Code of medical and sanitary regulations for the guidance of medical officers serving in the Madras Presidency - Volume I
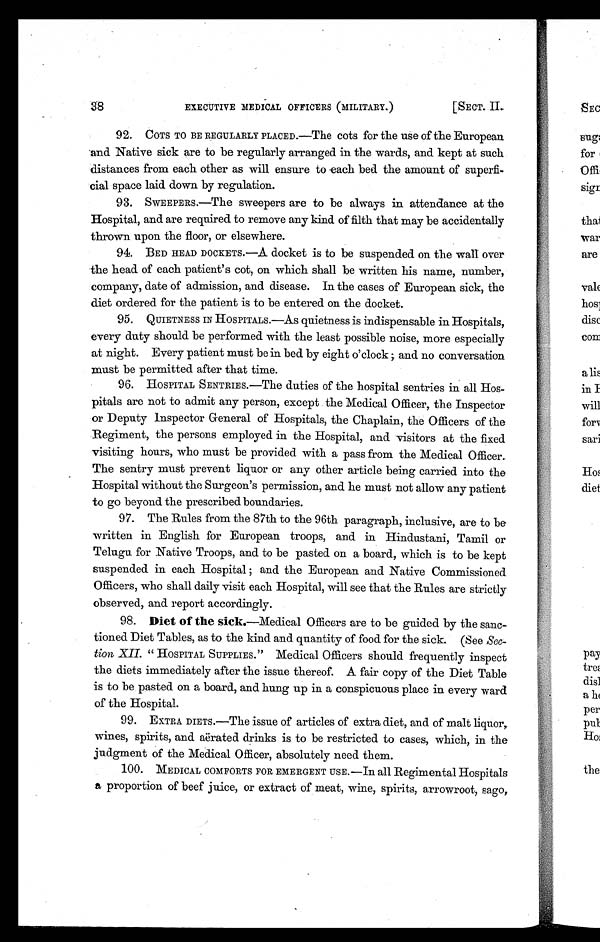
38
EXECUTIVE MEDICAL OFFICERS (MILITARY.)
[SECT. II.
92. COTS TO BE REGULARLY PLACED.—The cots for the use of the European
and Native sick are to be regularly arranged in the wards, and kept at such
distances from each other as will ensure to each bed the amount of superfi-
cial space laid down by regulation.
93.
SWEEPERS.—The sweepers are to be always in attendance at the
Hospital, and are required to remove any kind of filth that may be accidentally
thrown upon the floor, or elsewhere.
94. BED HEAD DOCKETS.—A docket is to be suspended on the wall over
the head of each patient's cot, on which shall be written his name, number,
company, date of admission, and disease. In the cases of European sick, the
diet ordered for the patient is to be entered on the docket.
95. QUIETNESS IN HOSPITALS.—As quietness is indispensable in Hospitals,
every duty should be performed with the least possible noise, more especially
at night. Every patient must be in bed by eight o'clock ; and no conversation
must be permitted after that time.
96. HOSPITAL SENTRIES.—The duties of the hospital sentries in all Hos-
pitals are not to admit any person, except the Medical Officer, the Inspector
or Deputy Inspector General of Hospitals, the Chaplain, the Officers of the
Regiment, the persons employed in the Hospital, and visitors at the fixed
visiting hours, who must be provided with a pass from the Medical Officer.
The sentry must prevent liquor or any other article being carried into the
Hospital without the Surgeon's permission, and he must not allow any patient
to go beyond the prescribed boundaries.
97. The Rules from the 87th to the 96th paragraph, inclusive, are to be
written in English for European troops, and in Hindustani, Tamil or
Telugu for Native Troops, and to be pasted on a board, which is to be kept
suspended in each Hospital ; and the European and Native Commissioned
Officers, who shall daily visit each Hospital, will see that the Rules are strictly
observed, and report accordingly.
98. Diet of the sick.—Medical Officers are to be guided by the sanc-
tioned Diet Tables, as to the kind and quantity of food for the sick. (See Sec-
tion XII. " HOSPITAL SUPPLIES." Medical Officers should frequently inspect
the diets immediately after the issue thereof. A fair copy of the Diet Table
is to be pasted on a board, and hung up in a conspicuous place in every ward
of the Hospital.
99.
E X T R A D I E T S . — T h e i s s u e o f a r t i c l e s o f e x t r a d i e t , a n d o f m a l t l i q u o r ,
wines, spirits, and aërated drinks is to be restricted to cases, which, in the
judgment of the Medical Officer, absolutely need them.
100. MEDICAL COMFORTS FOR EMERGENT USE.—In all Regimental Hospitals
a proportion of beef juice, or extract of meat, wine, spirits, arrowroot, sago,